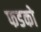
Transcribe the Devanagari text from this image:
फडको